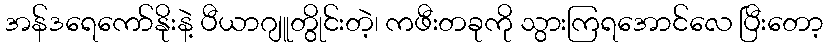
အန်ဒရေကော်နိုးနဲ့ ပီယာဂျူတွိုင်းတဲ့၊ ကဖီးတခုကို သွားကြရအောင်လေ ပြီးတော့